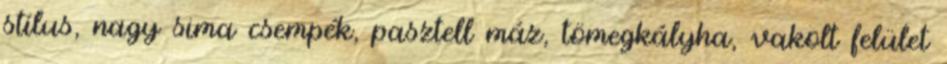
stílus, nagy sima csempék, pasztell máz, tömegkályha, vakolt felület